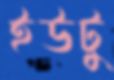
ইউটু